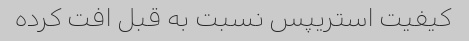
کیفیت استریپس نسبت به قبل افت کرده